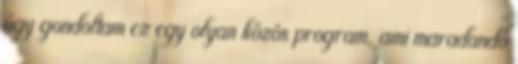
úgy gondoltam ez egy olyan közös program, ami maradandó